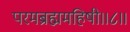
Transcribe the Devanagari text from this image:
परमब्रह्ममहिषी॥८॥